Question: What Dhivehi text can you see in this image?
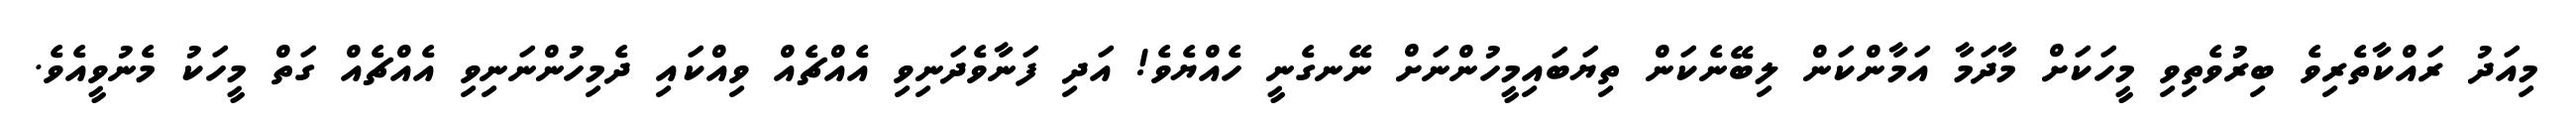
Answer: މިއަދު ރައްކާތެރިވެ ބިރުވެތިވި މީހަކަށް މާދަމާ އަމާންކަން ލިބޭނެކަން ތިޔަބައިމީހުންނަށް ނޭނގެނީ ހެއްޔެވެ! އަދި ފަނާވެދަނިވި އެއްޗެއް ވިއްކައި ދެމިހުންނަނިވި އެއްޗެއް ގަތް މީހަކު މެނުވީއެވެ.